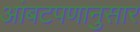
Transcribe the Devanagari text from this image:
आंबटपणानुसार